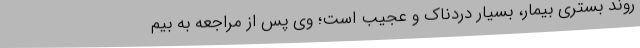
روند بستری بیمار، بسیار دردناک و عجیب است؛ وی پس از مراجعه به بیم